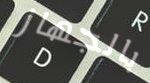
بالجهاز